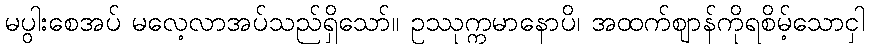
မပွါးစေအပ် မလေ့လာအပ်သည်ရှိသော်။ ဥဿုက္ကမာနောပိ၊ အထက်ဈာန်ကိုရစိမ့်သောငှါ